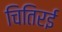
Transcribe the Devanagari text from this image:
चितिरई